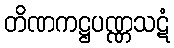
တိဏကဋ္ဌပဏ္ဏသဋံ